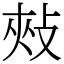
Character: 㪎